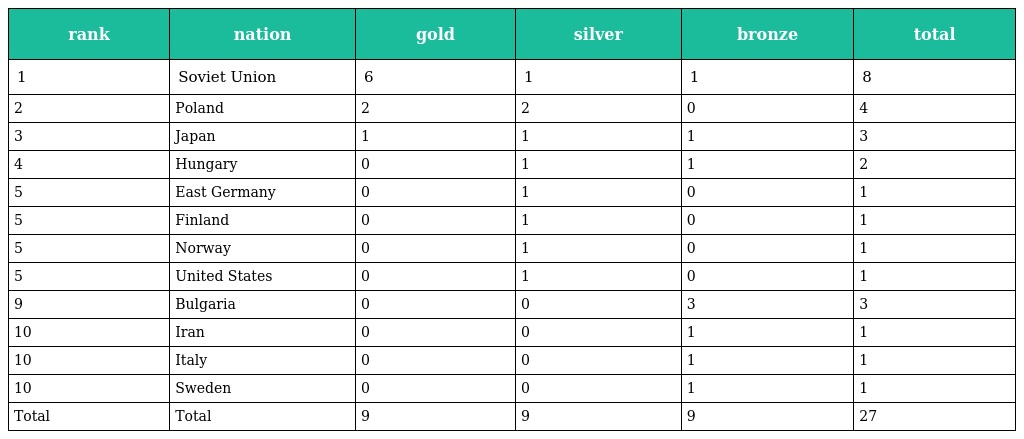
| rank | nation | gold | silver | bronze | total |
 | --- | --- | --- | --- | --- | --- |
 | 1 | Soviet Union | 6 | 1 | 1 | 8 |
 | 2 | Poland | 2 | 2 | 0 | 4 |
 | 3 | Japan | 1 | 1 | 1 | 3 |
 | 4 | Hungary | 0 | 1 | 1 | 2 |
 | 5 | East Germany | 0 | 1 | 0 | 1 |
 | 5 | Finland | 0 | 1 | 0 | 1 |
 | 5 | Norway | 0 | 1 | 0 | 1 |
 | 5 | United States | 0 | 1 | 0 | 1 |
 | 9 | Bulgaria | 0 | 0 | 3 | 3 |
 | 10 | Iran | 0 | 0 | 1 | 1 |
 | 10 | Italy | 0 | 0 | 1 | 1 |
 | 10 | Sweden | 0 | 0 | 1 | 1 |
 | Total | Total | 9 | 9 | 9 | 27 |